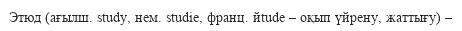
Этюд (ағылш. study, нем. studіe, франц. йtude – оқып үйрену, жаттығу) –